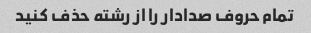
تمام حروف صدادار را از رشته حذف کنید